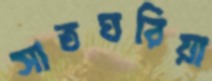
সাতঘরিয়া